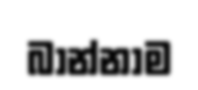
බාන්නාම